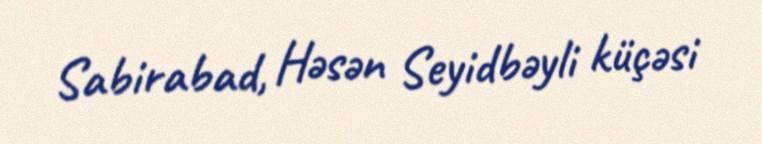
Sabirabad, Həsən Seyidbəyli küçəsi